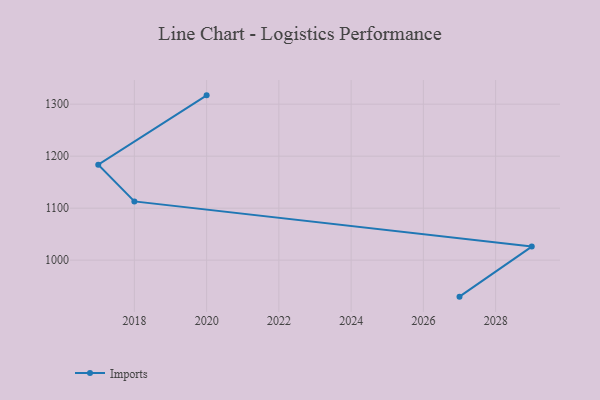
{"axis": {"x": "Year", "y": "Tickets Resolved"}, "legend": ["Imports"], "data": [{"x": "2020", "y": 1317.0, "type": "Imports"}, {"x": "2017", "y": 1183.6, "type": "Imports"}, {"x": "2018", "y": 1113.0, "type": "Imports"}, {"x": "2029", "y": 1026.1, "type": "Imports"}, {"x": "2027", "y": 929.8, "type": "Imports"}]}